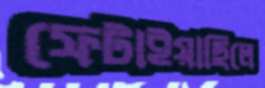
ফেটাইয়াছিলে